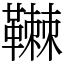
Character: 䪂